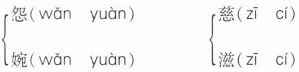
\left\{\begin{matrix}怨（wǎn yuàn）\\婉（wǎn yuàn）\end{matrix}\right. \left\{\begin{matrix}慈（zī cí）\\滋（zī cí）\end{matrix}\right.